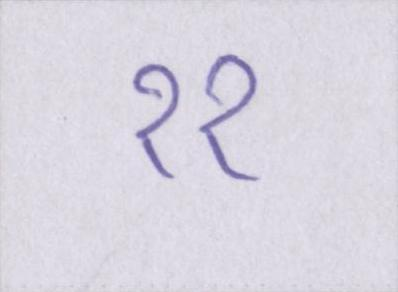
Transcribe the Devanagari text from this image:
११